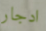
ادجار